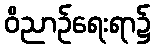
ဝိညာဉ်ရေးရာ၌